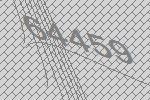
64459